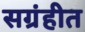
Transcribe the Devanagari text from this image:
सग्रंहीत